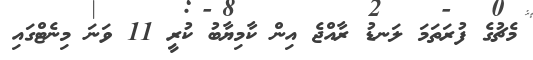
މެޗުގެ ފުރަތަމަ ލަނޑު ރާއްޖެ އިން ކާމިޔާބު ކުރީ 11 ވަނަ މިނެޓްގައި